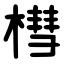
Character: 槥